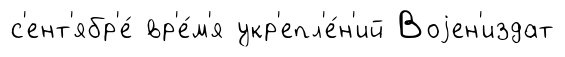
с'ент'ябр'е́ вр'е́м'я укр'епл'е́н'ий Воjен'издат